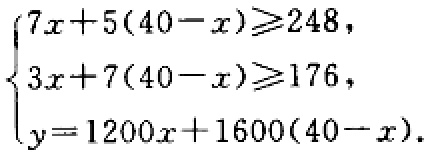
\(\begin{cases}
7x + 5(40 - x) \geq 248, \\
3x + 7(40 - x) \geq 176, \\
y = 1200x + 1600(40 - x).
\end{cases}\)